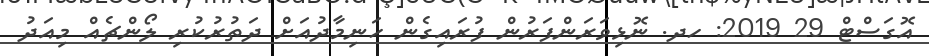
އޮގަސްޓް 29 2019: ހދ. ނޮޅިވަރަންފަރުން ފުރައިގެން ހަނިމާދުއަށް ދަތުރުކުރި ލޯންޗެއް މިއަދު